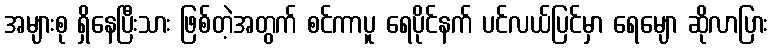
အများစု ရှိနေပြီးသား ဖြစ်တဲ့အတွက် စင်ကာပူ ရေပိုင်နက် ပင်လယ်ပြင်မှာ ရေမျော ဆိုလာပြား